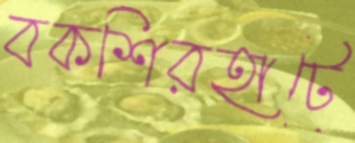
বকশিরহাটে